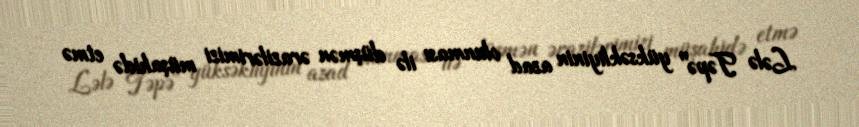
Lələ Təpə" yüksəkliyinin azad olunması ilə düşmən ərazilərimizi müşahidə etmə